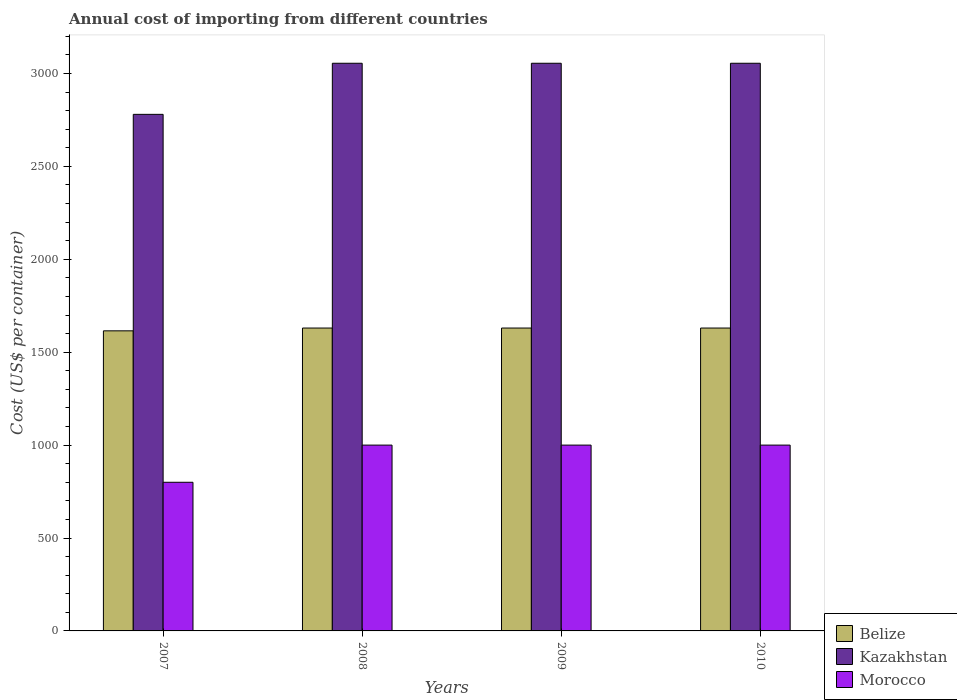
| Years | Belize | Kazakhstan | Morocco |
 | --- | --- | --- | --- |
 | 2007 | 1.62e+03 | 2.78e+03 | 800 |
 | 2008 | 1.63e+03 | 3.06e+03 | 1e+03 |
 | 2009 | 1.63e+03 | 3.06e+03 | 1e+03 |
 | 2010 | 1.63e+03 | 3.06e+03 | 1e+03 |